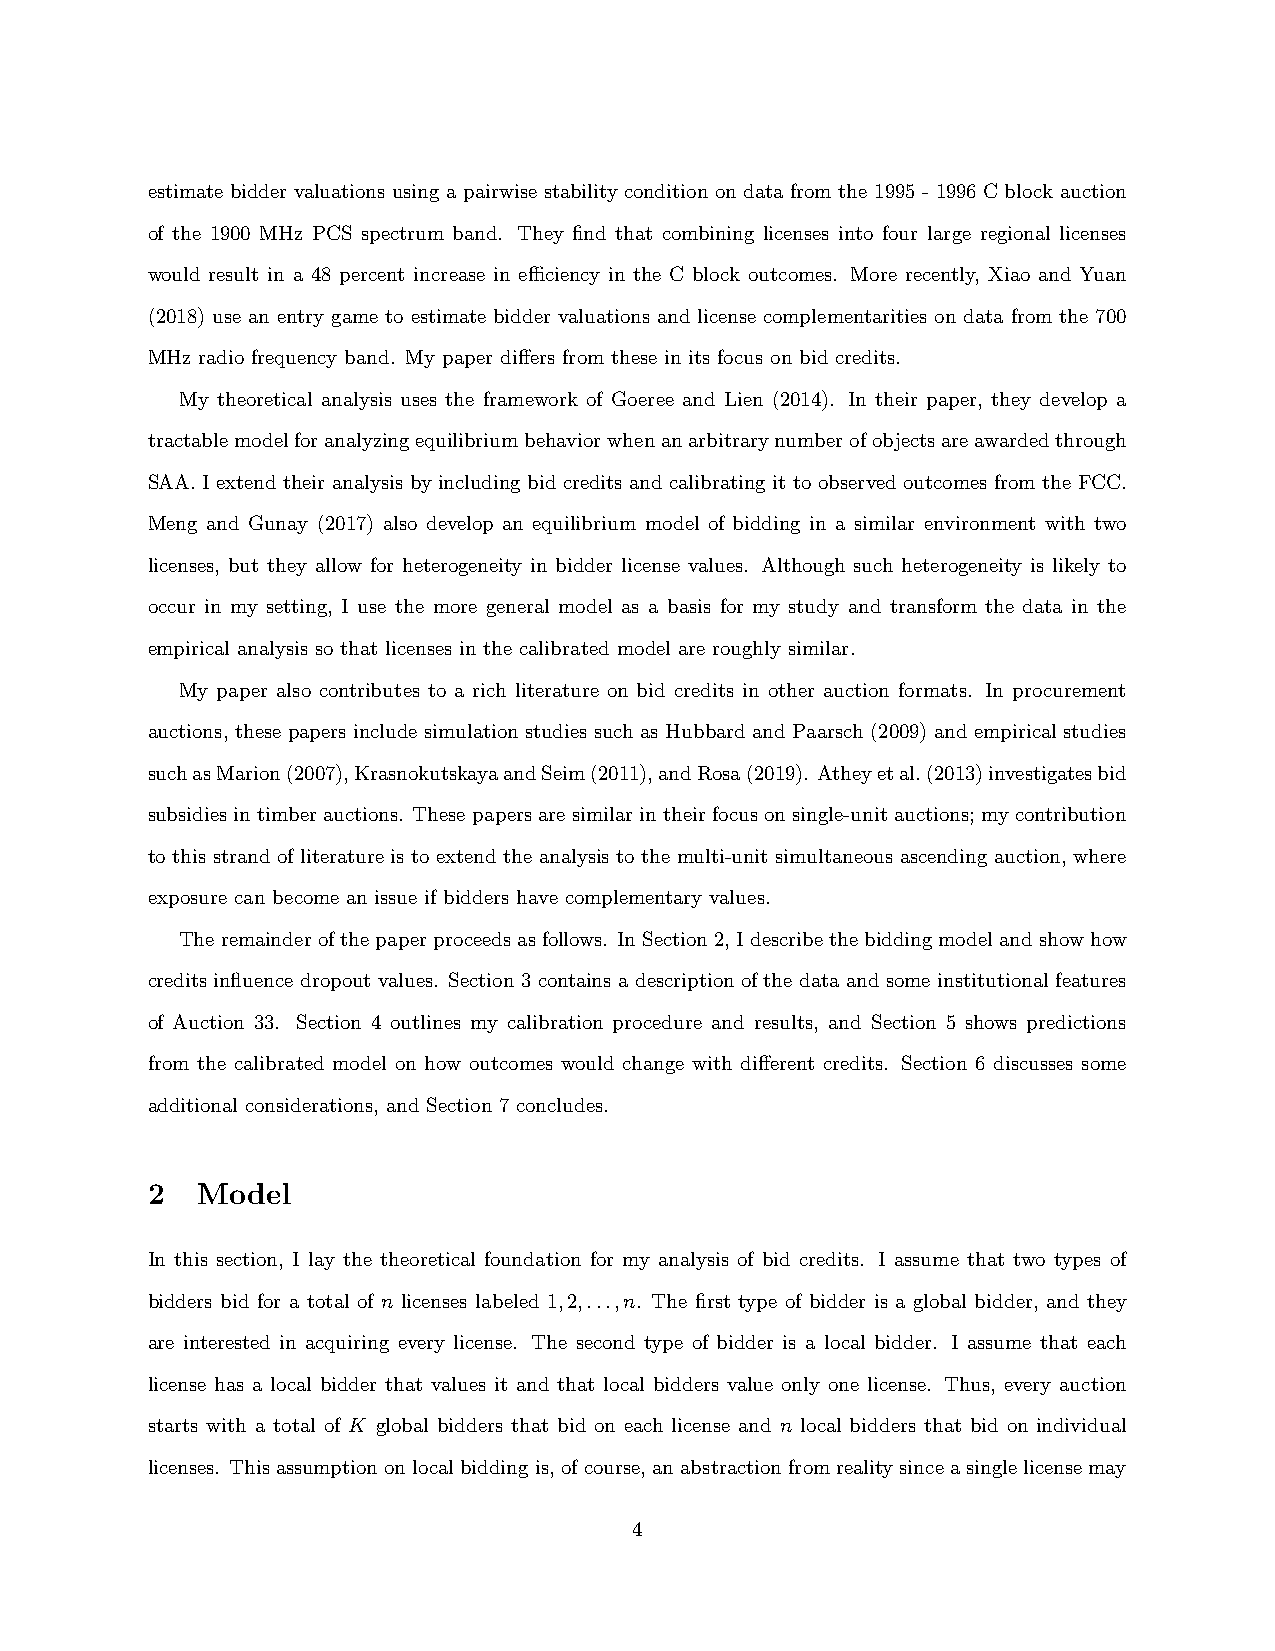
estimate bidder valuations using a pairwise stability condition on data from the 1995 - 1996 C block auction
 of the 1900 MHz PCS spectrum band. They find that combining licenses into four large regional licenses
 would result in a 48 percent increase in efficiency in the C block outcomes. More recently, Xiao and Yuan
 (2018) use an entry game to estimate bidder valuations and license complementarities on data from the 700
 MHz radio frequency band. My paper differs from these in its focus on bid credits.
 My theoretical analysis uses the framework of Goeree and Lien (2014). In their paper, they develop a
 tractablemodelforanalyzingequilibriumbehaviorwhenanarbitrarynumberofobjectsareawardedthrough
 SAA. I extend their analysis by including bid credits and calibrating it to observed outcomes from the FCC.
 Meng and Gunay (2017) also develop an equilibrium model of bidding in a similar environment with two
 licenses, but they allow for heterogeneity in bidder license values. Although such heterogeneity is likely to
 occur in my setting, I use the more general model as a basis for my study and transform the data in the
 empirical analysis so that licenses in the calibrated model are roughly similar.
 My paper also contributes to a rich literature on bid credits in other auction formats. In procurement
 auctions, these papers include simulation studies such as Hubbard and Paarsch (2009) and empirical studies
 suchasMarion(2007),KrasnokutskayaandSeim(2011),andRosa(2019). Atheyetal.(2013)investigatesbid
 subsidies in timber auctions. These papers are similar in their focus on single-unit auctions; my contribution
 to this strand of literature is to extend the analysis to the multi-unit simultaneous ascending auction, where
 exposure can become an issue if bidders have complementary values.
 Theremainderofthepaperproceedsasfollows. InSection2, Idescribethebiddingmodelandshowhow
 credits influence dropout values. Section 3 contains a description of the data and some institutional features
 of Auction 33. Section 4 outlines my calibration procedure and results, and Section 5 shows predictions
 from the calibrated model on how outcomes would change with different credits. Section 6 discusses some
 additional considerations, and Section 7 concludes.
 2  Model
 In this section, I lay the theoretical foundation for my analysis of bid credits. I assume that two types of
 bidders bid for a total of n licenses labeled 1,2,...,n. The first type of bidder is a global bidder, and they
 are interested in acquiring every license. The second type of bidder is a local bidder. I assume that each
 license has a local bidder that values it and that local bidders value only one license. Thus, every auction
 starts with a total of K global bidders that bid on each license and n local bidders that bid on individual
 licenses. Thisassumptiononlocalbiddingis, ofcourse, anabstractionfromrealitysinceasinglelicensemay
 4